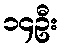
၁၄ဦး